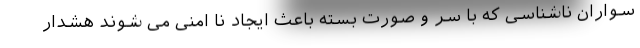
سواران ناشناسی که با سر و صورت بسته باعث ایجاد نا امنی می شوند هشدار